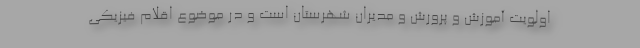
اولویت آموزش و پرورش و مدیران شهرستان است و در موضوع اقلام فیزیکی